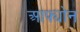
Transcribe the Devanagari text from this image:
आफ्योन